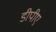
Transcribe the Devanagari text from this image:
डीपीए